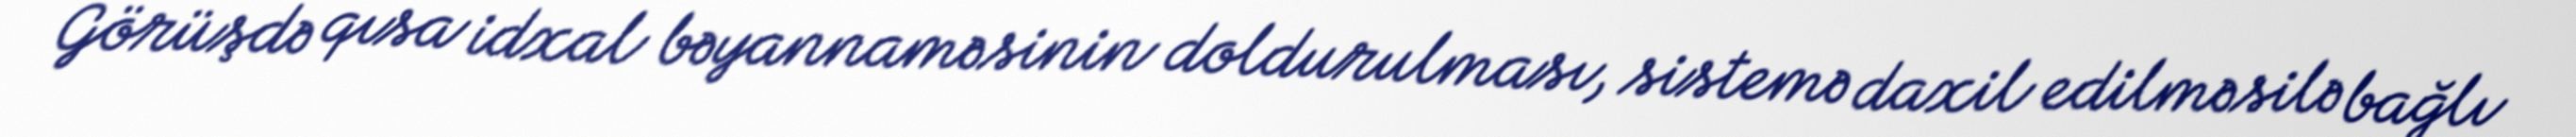
Görüşdə qısa idxal bəyannaməsinin doldurulması, sistemə daxil edilməsilə bağlı